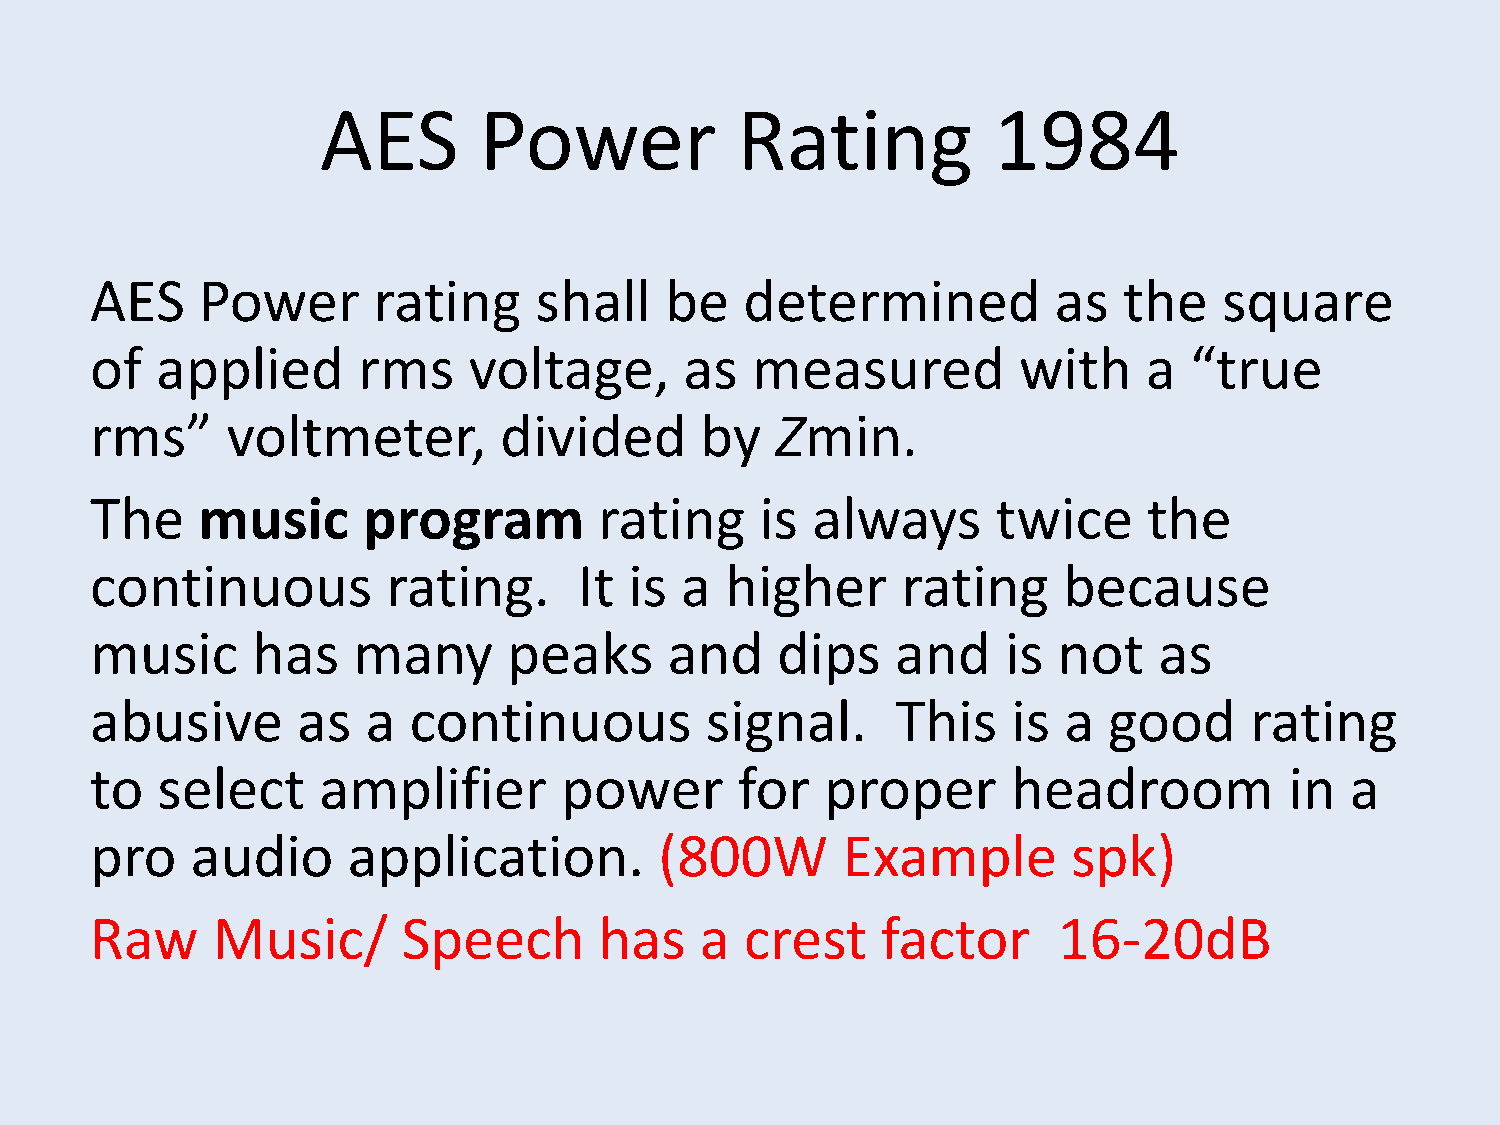
AES        Power            Rating           1984
 AES    Power       rating    shall    be   determined           as  the    square
 of  applied       rms    voltage,      as   measured         with     a  “true
 rms”     voltmeter,        divided      by   Zmin.
 The    music      program         rating    is  always      twice     the
 continuous          rating.     It  is a  higher      rating    because
 music      has   many       peaks     and    dips    and     is not    as
 abusive       as  a  continuous          signal.     This    is a  good      rating
 to  select     amplifier       power       for   proper      headroom          in  a
 pro    audio     application.         (800W       Example        spk)
 Raw     Music/       Speech       has   a  crest    factor      16-20dB